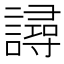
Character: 𧫿